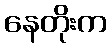
နေတိုးက